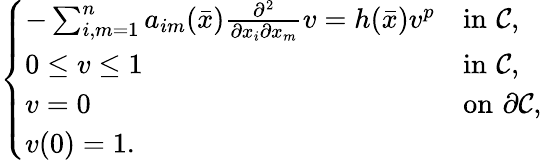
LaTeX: \left\{ \begin{array}{ll}{-\sum_{i,m=1}^{n}a_{im}(\bar{x})\frac{\partial^{2}}{\partial x_{i}\partial x_{m}}v=h(\bar{x})v^{p}}&{\mathrm{in}\, \, \mathcal C,}\\ {0\leq v\leq 1}&{\mathrm{in}\, \, \mathcal C,}\\ {v=0}&{\mathrm{on}\, \, \partial\mathcal C,}\\ {v(0)=1.}\end{array}\right.